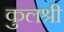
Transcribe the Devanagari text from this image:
कुलश्री